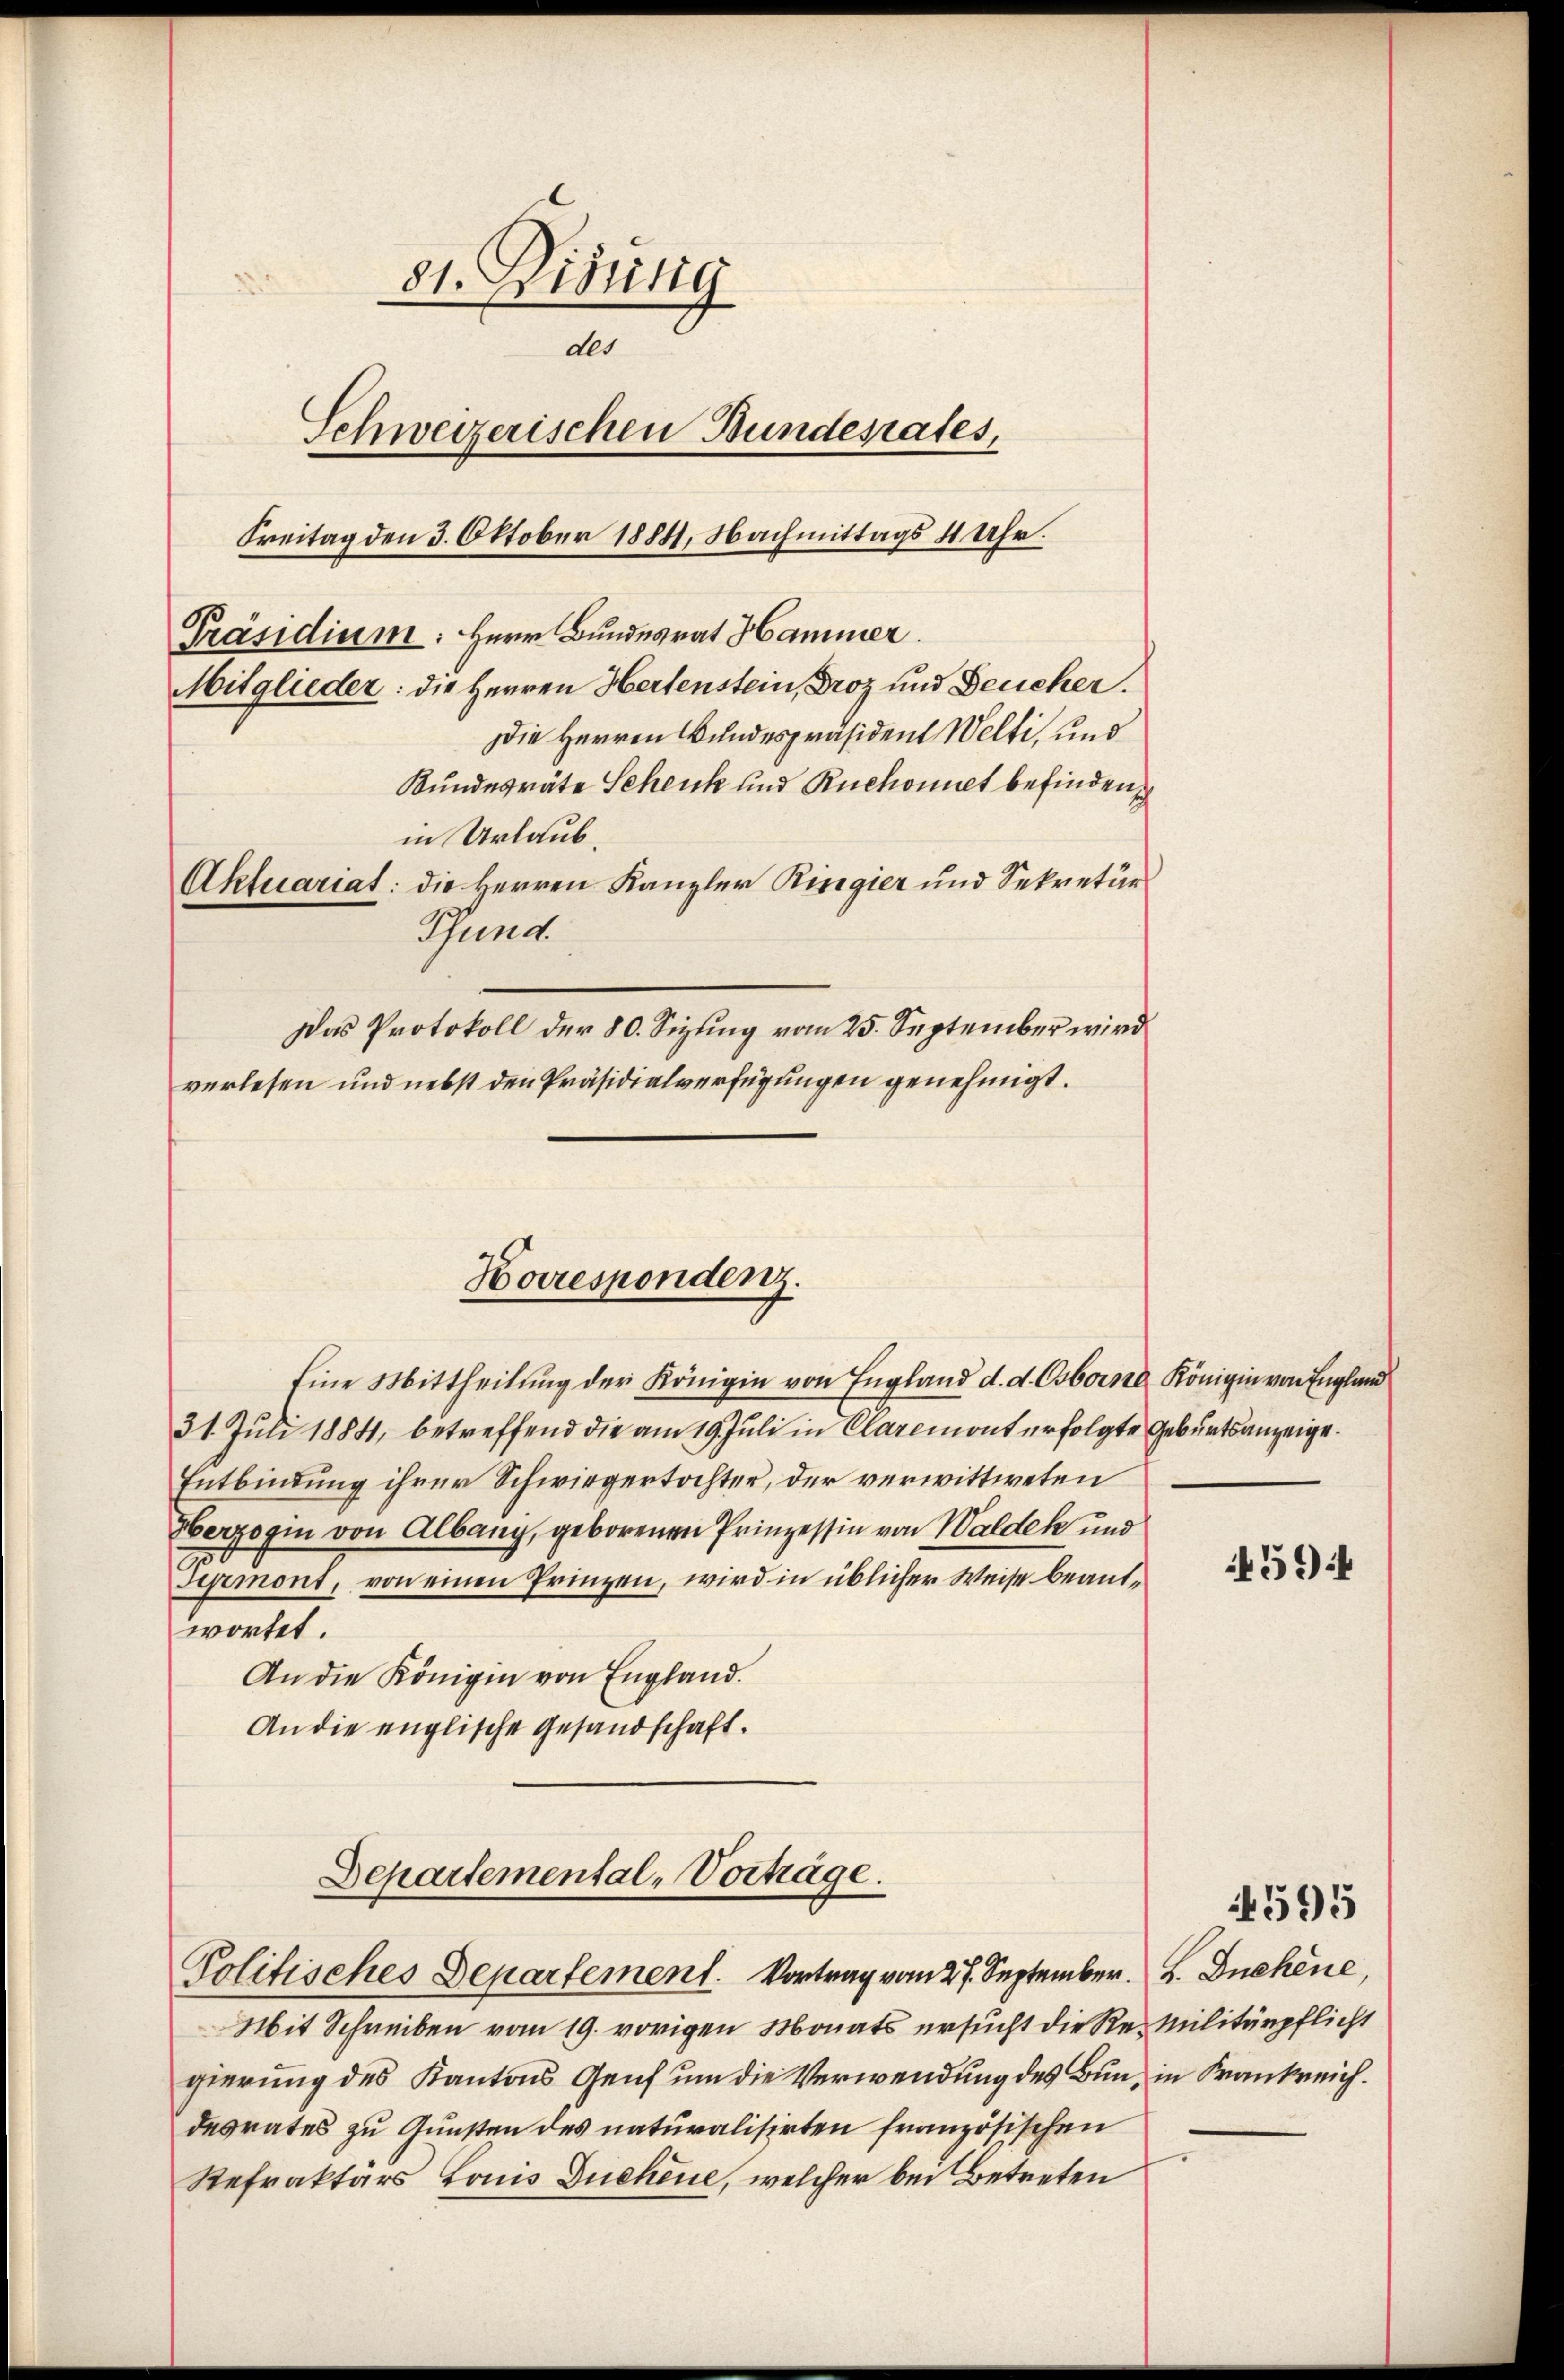
81. Disung
des
Schweizerischen Bundesrates,
Freitag den 3. Oktober 1884, Nachmittags 1 Uhr.
Präsidium: Herr Bundesrat Hammer.
Mitglieder: die Herren Hertenstein, Droz und Deucher.
Die Herren Bundespräsident Welti, und
Bundesräte Schenk und Ruchonet befinden,
in Urlaub.
Aktuariat: die Herren Kanzler Ringier und Sekretär
Pfund

31. Juli 1884, betreffend die am 19. Juli in Claremont erfolgte Geburtsanzeige.
Entbindung ihrer Schwiegertochter, der verwittweten
Eberzogin von Albany, geborenen Prinzessin von Waldek und
Simont, von einen Prinzen, wird in üblicher Weise beantwortet.
An die Königin von England.
An die englische Gesandschaft.

Horrespondenz.
Eine Mittheilung der Königin von England d. d. Osborne Königin von England

Das Protokoll der 80. Sizung vom 25. September wird
verlesen und nebst den Präsidialverfügungen genehmigt.

Departemental-Vorträge.
Politisches Departement. Vortrag vom 27. September. H. Duchene,

Mit Schreiben vom 19. vorigen Monats ersucht die Re-Militärpflicht
gierung des Kantons Genf um die Verwendung des Bun, in Krankreichdesrates zu Gunsten des naturalisirten französischen
Refraktärs, Louis Duchene, welcher bei Betreten

4594

4595